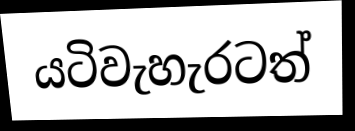
යටිවැහැරටත්